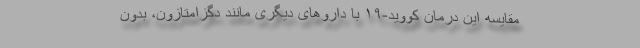
مقایسه این درمان کووید-۱۹ با داروهای دیگری مانند دگزامتازون، بدون